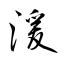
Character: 湲